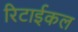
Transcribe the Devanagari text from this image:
रिटाईकल